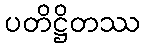
ပတိဋ္ဌိတဿ